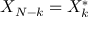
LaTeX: X _ { N - k } = X _ { k } ^ { * }